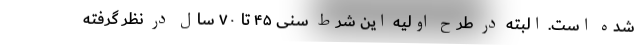
شده‌ است. البته در طرح اولیه این شرط سنی ۴۵ تا ۷۰ سال در نظر گرفته